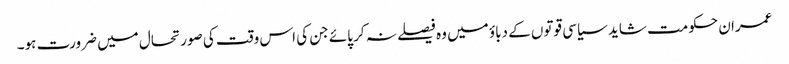
عمران حکومت شاید سیاسی قوتوں کے دباؤ میں وہ فیصلے نہ کر پائے جن کی اس وقت کی صورتحال میں ضرورت ہو۔